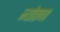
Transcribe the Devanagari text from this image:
न्योतना